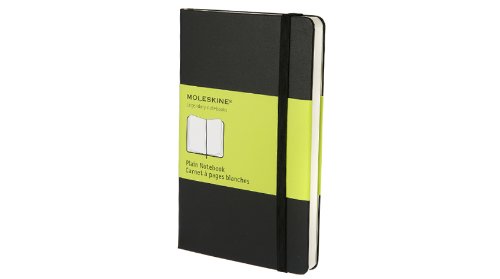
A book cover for Moleskine Classic Notebook, Pocket, Plain, Black, Hard Cover (3.5 x 5.5) (Classic Notebooks); Moleskine; Travel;